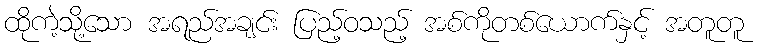
ထိုကဲ့သို့သော အရည်အချင်း ပြည့်ဝသည့် အစ်ကိုတစ်ယောက်နှင့် အတူတူ